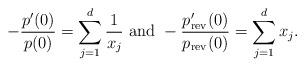
LaTeX: \begin{align*}-\frac{p'(0)}{p(0)}=\sum_{j=1}^d\frac{1}{x_j}~{\rm and}~-\frac{p'_{\rm rev}(0)}{p_{\rm rev}(0)}=\sum_{j=1}^dx_j.\end{align*}